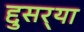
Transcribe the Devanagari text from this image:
द्दुसर्‍या